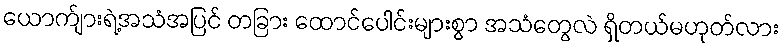
ယောက်ျားရဲ့အသံအပြင် တခြား ထောင်ပေါင်းများစွာ အသံတွေလဲ ရှိတယ်မဟုတ်လား